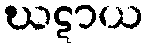
ဃဋာယ